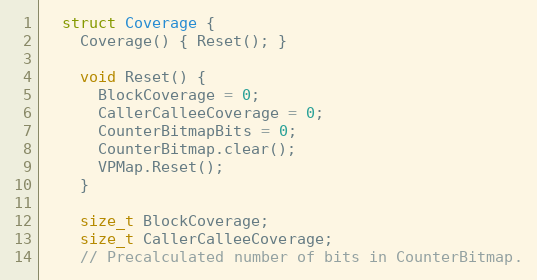
Language: C
  struct Coverage {
    Coverage() { Reset(); }

    void Reset() {
      BlockCoverage = 0;
      CallerCalleeCoverage = 0;
      CounterBitmapBits = 0;
      CounterBitmap.clear();
      VPMap.Reset();
    }

    size_t BlockCoverage;
    size_t CallerCalleeCoverage;
    // Precalculated number of bits in CounterBitmap.